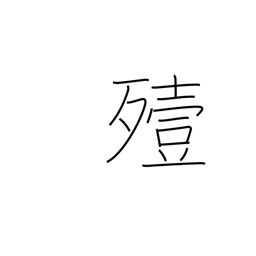
Meaning: bury